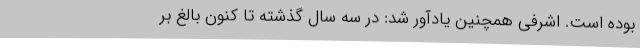
بوده است. اشرفی همچنین یادآور شد: در سه سال گذشته تا کنون بالغ بر